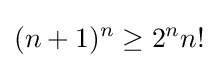
(n+1)^{n}\geq 2^{n}n!